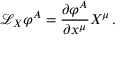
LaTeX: { \mathcal { L } } _ { X } \varphi ^ { A } = { \frac { \partial \varphi ^ { A } } { \partial x ^ { \mu } } } X ^ { \mu } \, .